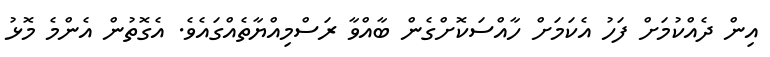
އިން ދެއްކުމަށް ފަހު އެކަމަށް ހާއްސަކޮށްގެން ބާއްވާ ރަސްމިއްޔާތެއްގައެވެ. އެގޮތުން އެންމެ މޮޅު